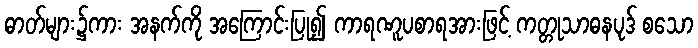
ဓာတ်များ၌ကား အနက်ကို အကြောင်းပြု၍ ကာရဏူပစာရအားဖြင့် ကတ္တုသာဓနပုဒ် စသော